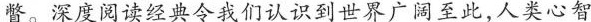
瞥。深度阅读经典令我们认识到世界广阔至此，人类心智